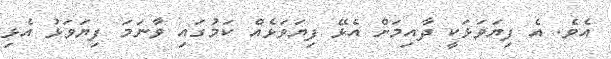
އެވެ. އެ ފިޔަވަޅަކީ ދާއިމަށް އެޅޭ ފިޔަވަޅެއް ކަމުގައި ވާނަމަ ފިޔަވަޅު އެޅި